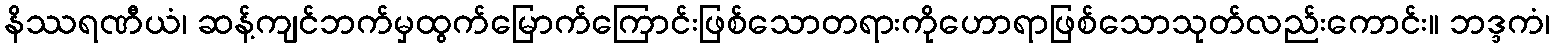
နိဿရဏီယံ၊ ဆန့်ကျင်ဘက်မှထွက်မြောက်ကြောင်းဖြစ်သောတရားကိုဟောရာဖြစ်သောသုတ်လည်းကောင်း။ ဘဒ္ဒကံ၊